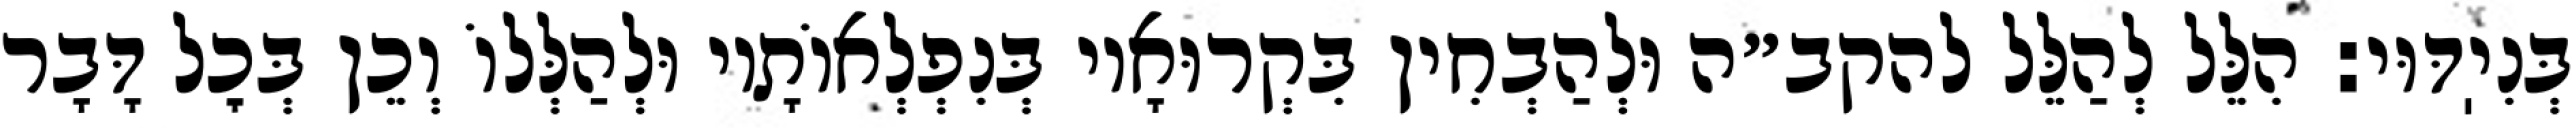
בְּנִיֽדּוּי: הִלֵּל לְהַלֵּל להקב״ה וּלְהַבְחִין בִּקְרוּאָיו בְּנִפְלְאוֹתָיו וּלְהַלְּלוֹ וְכֵן בְּכׇל דָּבָר